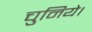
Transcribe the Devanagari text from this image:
चुनिये।